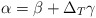
\begin{align*}\alpha = \beta + \Delta_T \gamma\end{align*}